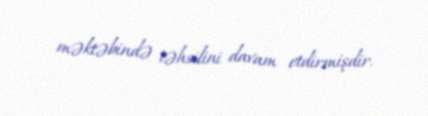
məktəbində təhsilini davam etdirmişdir.